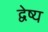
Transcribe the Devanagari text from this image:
द्वेष्य